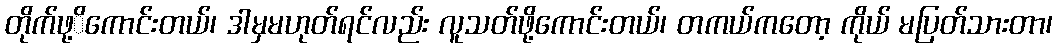
တိုက်ဖု့ိကောင်းတယ်၊ ဒါမှမဟုတ်ရင်လည်း လူသတ်ဖို့ကောင်းတယ်၊ တကယ်ကတော့ ကိုယ် မပြတ်သားတာ၊